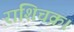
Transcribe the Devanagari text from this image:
राशिचक्र।